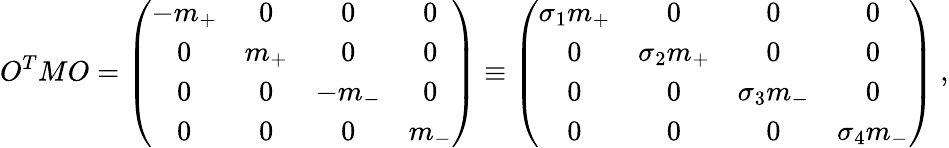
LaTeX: O^{T}MO=\left(\begin{array}{cccc}{{-m_{+}}}&{{0}}&{{0}}&{{0}}\\ {{0}}&{{m_{+}}}&{{0}}&{{0}}\\ {{0}}&{{0}}&{{-m_{-}}}&{{0}}\\ {{0}}&{{0}}&{{0}}&{{m_{-}}}\end{array}\right)\equiv\left(\begin{array}{cccc}{{\sigma_{1}m_{+}}}&{{0}}&{{0}}&{{0}}\\ {{0}}&{{\sigma_{2}m_{+}}}&{{0}}&{{0}}\\ {{0}}&{{0}}&{{\sigma_{3}m_{-}}}&{{0}}\\ {{0}}&{{0}}&{{0}}&{{\sigma_{4}m_{-}}}\end{array}\right)\ ,